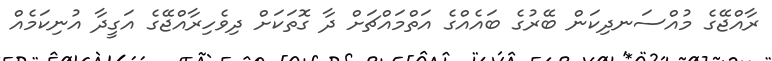
ރާއްޖޭގެ މުއްސަނދިކަން ބޭރުގެ ބައެއްގެ އަތްމައްޗަށް ދާ ގޮތަކަށް ދިވެހިރާއްޖޭގެ އަގީދާ އުނިކަމެއް